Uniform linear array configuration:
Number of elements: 32
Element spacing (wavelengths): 1
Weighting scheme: hamming
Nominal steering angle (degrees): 30
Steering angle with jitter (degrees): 28.893
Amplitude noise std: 0.05
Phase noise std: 0.05

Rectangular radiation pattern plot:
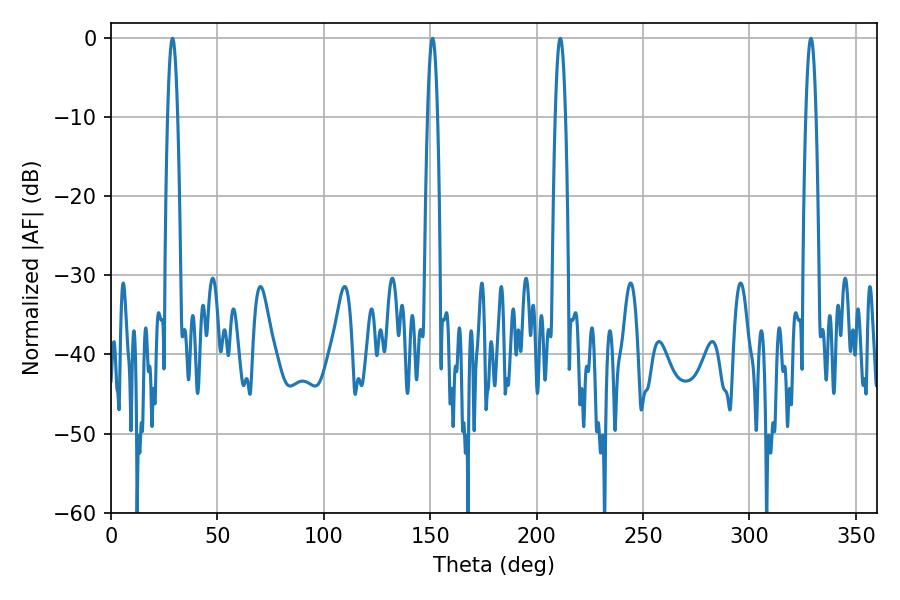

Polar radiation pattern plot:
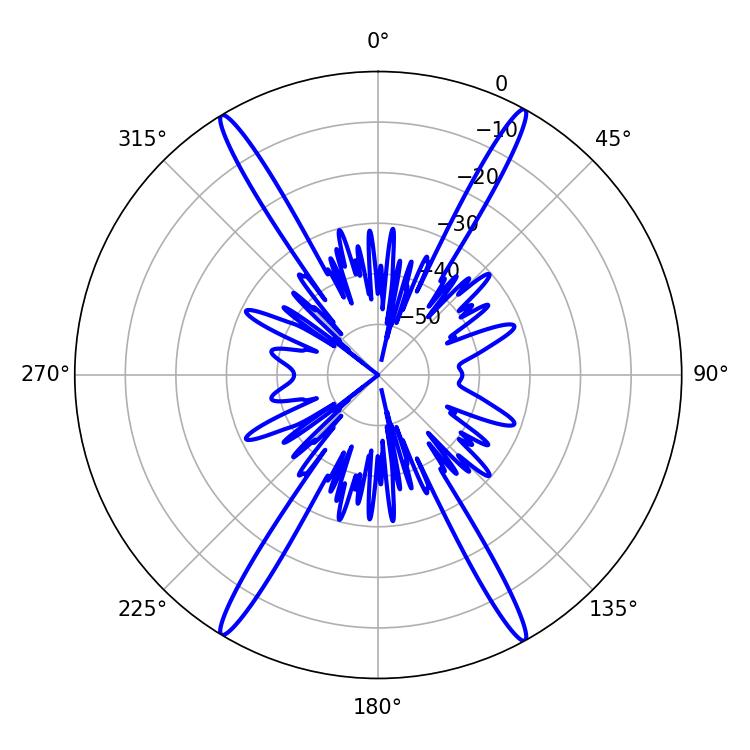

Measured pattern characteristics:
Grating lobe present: TRUE
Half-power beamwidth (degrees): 2.52
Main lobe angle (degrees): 328.86